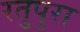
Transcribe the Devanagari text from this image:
रतुपुरा